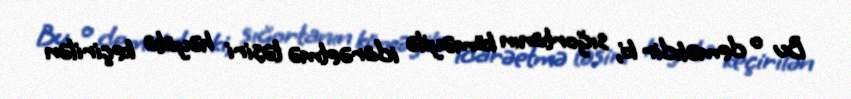
Bu o deməkdir ki, sığortanın köməyilə idarəetmə təsiri həyata keçirilən